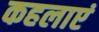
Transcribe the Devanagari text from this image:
कहलाएं